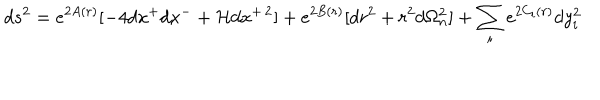
LaTeX: d s ^ { 2 } = e ^ { 2 A ( r ) } [ - 4 d x ^ { + } d x ^ { - } + { \cal H } d x ^ { + \, 2 } ] + e ^ { 2 B ( r ) } [ d r ^ { 2 } + r ^ { 2 } d \Omega _ { n } ^ { 2 } ] + \sum _ { i } e ^ { 2 C _ { i } ( r ) } d y _ { i } ^ { 2 }